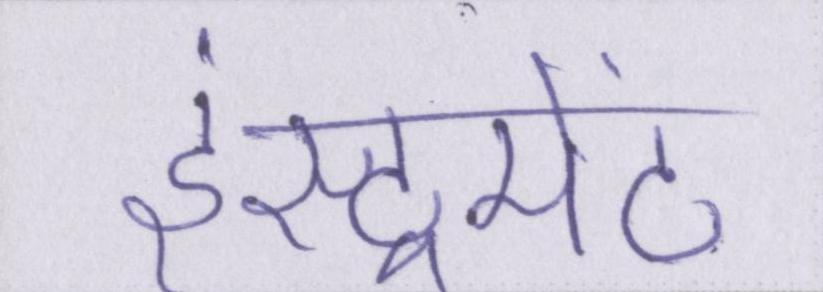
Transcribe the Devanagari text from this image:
इंस्ट्रूमेंट